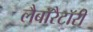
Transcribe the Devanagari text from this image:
लैबाॅरैटाॅरी